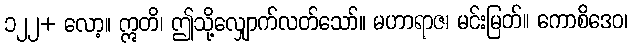
၁၂၂+ လော့။ ဣတိ၊ ဤသို့လျှောက်လတ်သော်။ မဟာရာဇ၊ မင်းမြတ်။ ကောစိဒေဝ၊